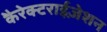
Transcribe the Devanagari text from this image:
कैरेक्टराईज़ेशन